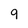
Character: 9